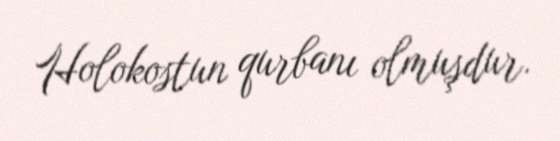
Holokostun qurbanı olmuşdur.